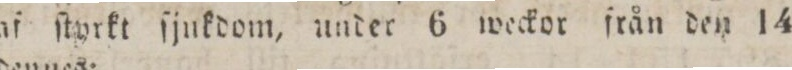
af ſtyrkt ſjukdom, under 6 weckor från den 14